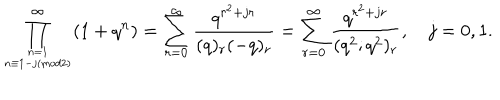
\prod _ { n = 1 \atop n \equiv 1 - j ( \mathrm { m o d } 2 ) } ^ { \infty } ( 1 + q ^ { n } ) = \displaystyle \sum _ { r = 0 } ^ { \infty } \frac { q ^ { r ^ { 2 } + j r } } { ( q ) _ { r } ( - q ) _ { r } } = \displaystyle \sum _ { r = 0 } ^ { \infty } \frac { q ^ { r ^ { 2 } + j r } } { ( q ^ { 2 } ; q ^ { 2 } ) _ { r } } , { } ~ j = 0 , 1 .